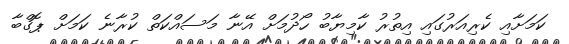
ކަމަށާއި ކެރިއަރުގައި އިތުރު ކާމިޔާބު ހޯދުމަށް އޭނާ މަސައްކަތް ކުރާނެ ކަމަށް ޕޮގްބާ